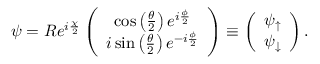
\psi = R e ^ { i \frac { \chi } { 2 } } \left( \begin{array} { c } { \cos \left( \frac { \theta } { 2 } \right) e ^ { i \frac { \phi } { 2 } } } \\ { i \sin \left( \frac { \theta } { 2 } \right) e ^ { - i \frac { \phi } { 2 } } } \end{array} \right) \equiv \left( \begin{array} { c } { \psi _ { \uparrow } } \\ { \psi _ { \downarrow } } \end{array} \right) .